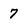
Character: 7